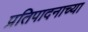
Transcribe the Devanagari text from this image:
प्रतिपादनाच्या